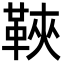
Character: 䩡